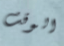
الوقت